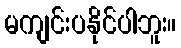
မကျင်းပနိုင်ပါဘူး။